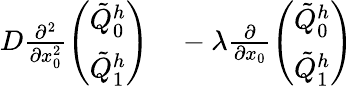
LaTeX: \begin{array}{rl}{D\frac{\partial^{2}}{\partial x_{0}^{2}}\left(\begin{array}{l}{\tilde{Q}_{0}^{h}}\\ {\tilde{Q}_{1}^{h}}\end{array}\right)}&{{}-\lambda\frac{\partial}{\partial x_{0}}\left(\begin{array}{l}{\tilde{Q}_{0}^{h}}\\ {\tilde{Q}_{1}^{h}}\end{array}\right)}\end{array}